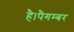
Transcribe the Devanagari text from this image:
है।पैगम्बर